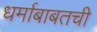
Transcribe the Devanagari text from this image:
धर्माबाबतची